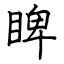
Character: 睥